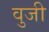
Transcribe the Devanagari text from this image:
वुजी